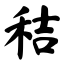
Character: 秸